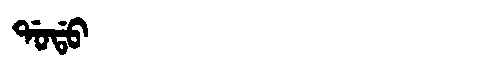
Manchu: ᡩᠣᡩᠣ
Romanization: DODO